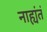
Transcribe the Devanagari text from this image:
नाह्यंतं